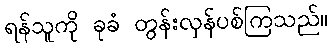
ရန်သူကို ခုခံ တွန်းလှန်ပစ်ကြသည်။